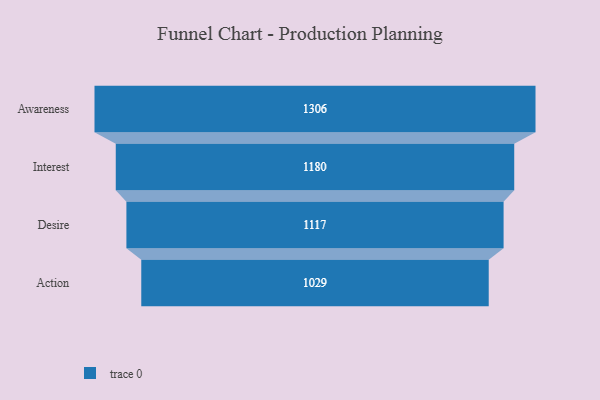
{"axis": {"x": "Stage", "y": "Value"}, "legend": [""], "data": [{"x": "Awareness", "y": 1306.0, "type": ""}, {"x": "Interest", "y": 1180.0, "type": ""}, {"x": "Desire", "y": 1117.0, "type": ""}, {"x": "Action", "y": 1029.0, "type": ""}]}